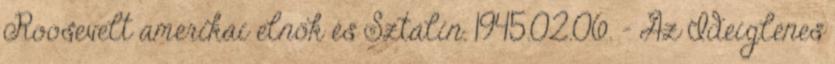
Roosevelt amerikai elnök és Sztálin. 1945.02.06. - Az Ideiglenes